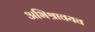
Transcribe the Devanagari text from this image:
अभिश्रावयव